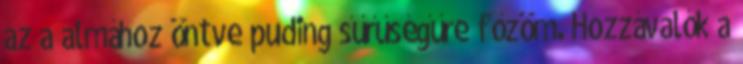
az a almához öntve puding sűrűségűre főzöm. Hozzávalók a